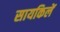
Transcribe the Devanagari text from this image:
सायकिलें